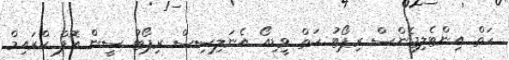
ހަތް އިންޓެލިޖެންސް ރިޕޯޓު ހަތް ވީޑިއޯ އެނަލިސިސް ރިޕޯޓު ސީން އޮފް ކްރައިމް